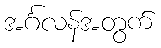
အင်္ဂလန်အတွက်